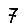
Digit: 7